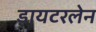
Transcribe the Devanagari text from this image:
डायटरलेन